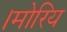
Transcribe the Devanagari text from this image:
।मोरिय